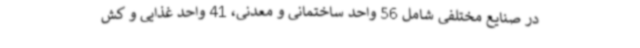
در صنایع مختلفی شامل 56 واحد ساختمانی و معدنی، 41 واحد غذایی و کش